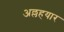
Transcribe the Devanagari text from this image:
अल्लहयार